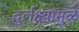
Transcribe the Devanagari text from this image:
दुर्लक्ष्यामुळे